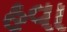
હવા